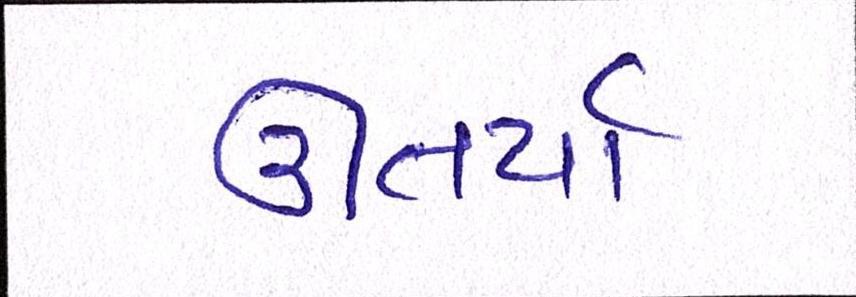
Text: ઊતર્યાં